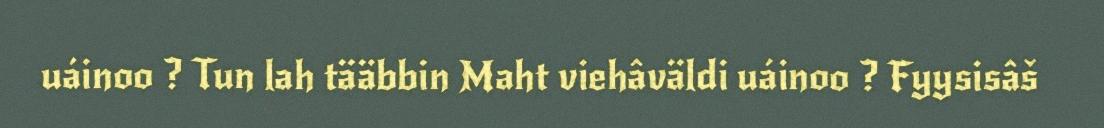
uáinoo ? Tun lah tääbbin Maht viehâväldi uáinoo ? Fyysisâš